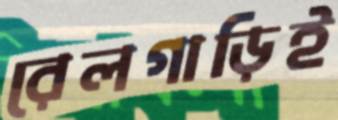
রেলগাড়িই